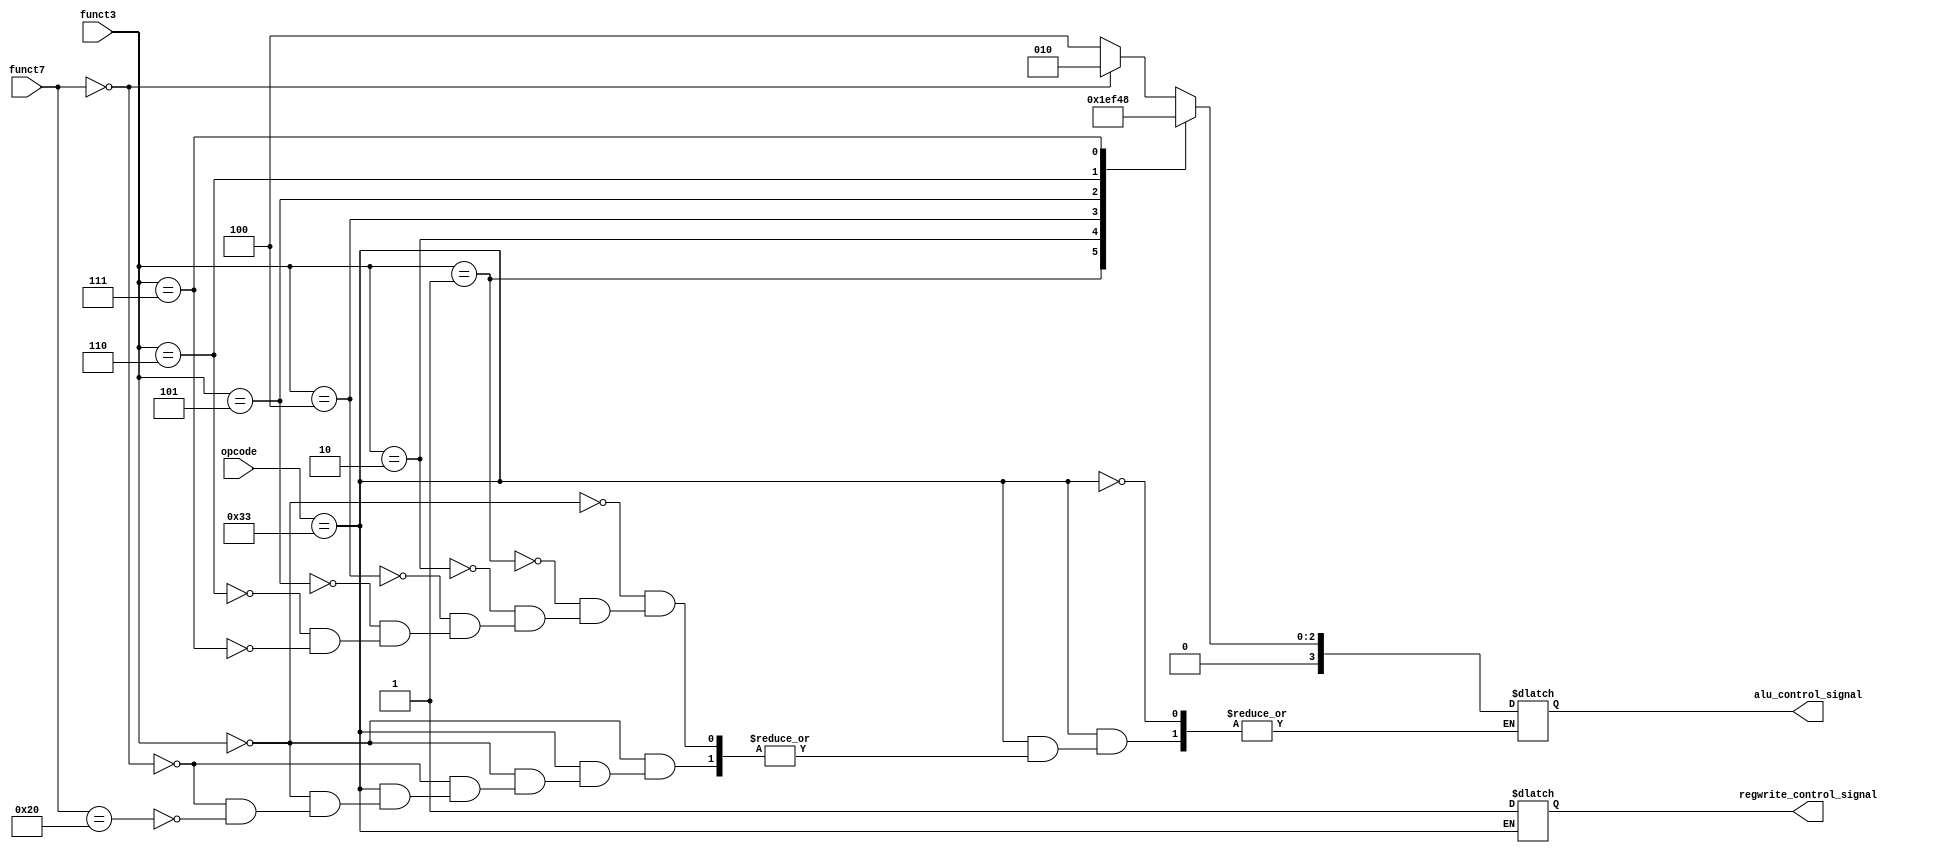
`timescale 1ns / 1ps

module control_unit(
    input [6:0] funct7,
    input [2:0] funct3,
    input [6:0] opcode,
    output reg [3:0] alu_control_signal, // for alu 
    output reg regwrite_control_signal
);
    always @(funct3 or funct7 or opcode)
    begin
        case (opcode)
        7'b0110011: begin // R-type instructions

            regwrite_control_signal = 1;
            case (funct3)
                0: begin
                    if(funct7 == 0)
                    alu_control_signal = 4'b0010; // ADD
                    else if(funct7 == 32)
                    alu_control_signal = 4'b0100; // SUB
                end
                1: alu_control_signal = 4'b0011; // SLL
                2: alu_control_signal = 4'b0110; // MUL
				        4: alu_control_signal = 4'b0111; // XOR
				        5: alu_control_signal = 4'b0101; // SRL
                6: alu_control_signal = 4'b0001; // OR
                7: alu_control_signal = 4'b0000; // AND
				
            endcase
            end
endcase

    end
    endmodule